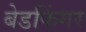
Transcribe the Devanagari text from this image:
बेडफिंगर